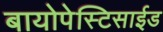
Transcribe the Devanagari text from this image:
बायोपेस्टिसाईड